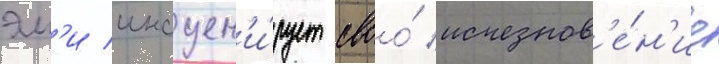
эм'и инсцен'и́рует своо́ исчезнов'е́н'ие